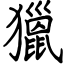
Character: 獵